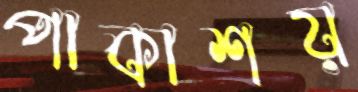
পাকাশয়